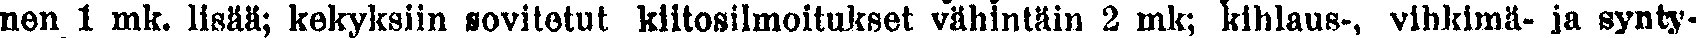
nen 1 mk. lisää; kekyksiin sovitetut kiitosilmoitukset vähintäin 2 mk; kihlaus-, vihkimä- ja synty-